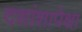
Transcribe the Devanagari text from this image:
दशांशापेक्षा